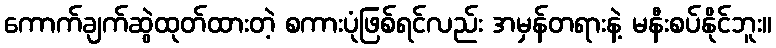
ကောက်ချက်ဆွဲထုတ်ထားတဲ့ စကားပုံဖြစ်ရင်လည်း အမှန်တရားနဲ့ မနီးစပ်နိုင်ဘူး။